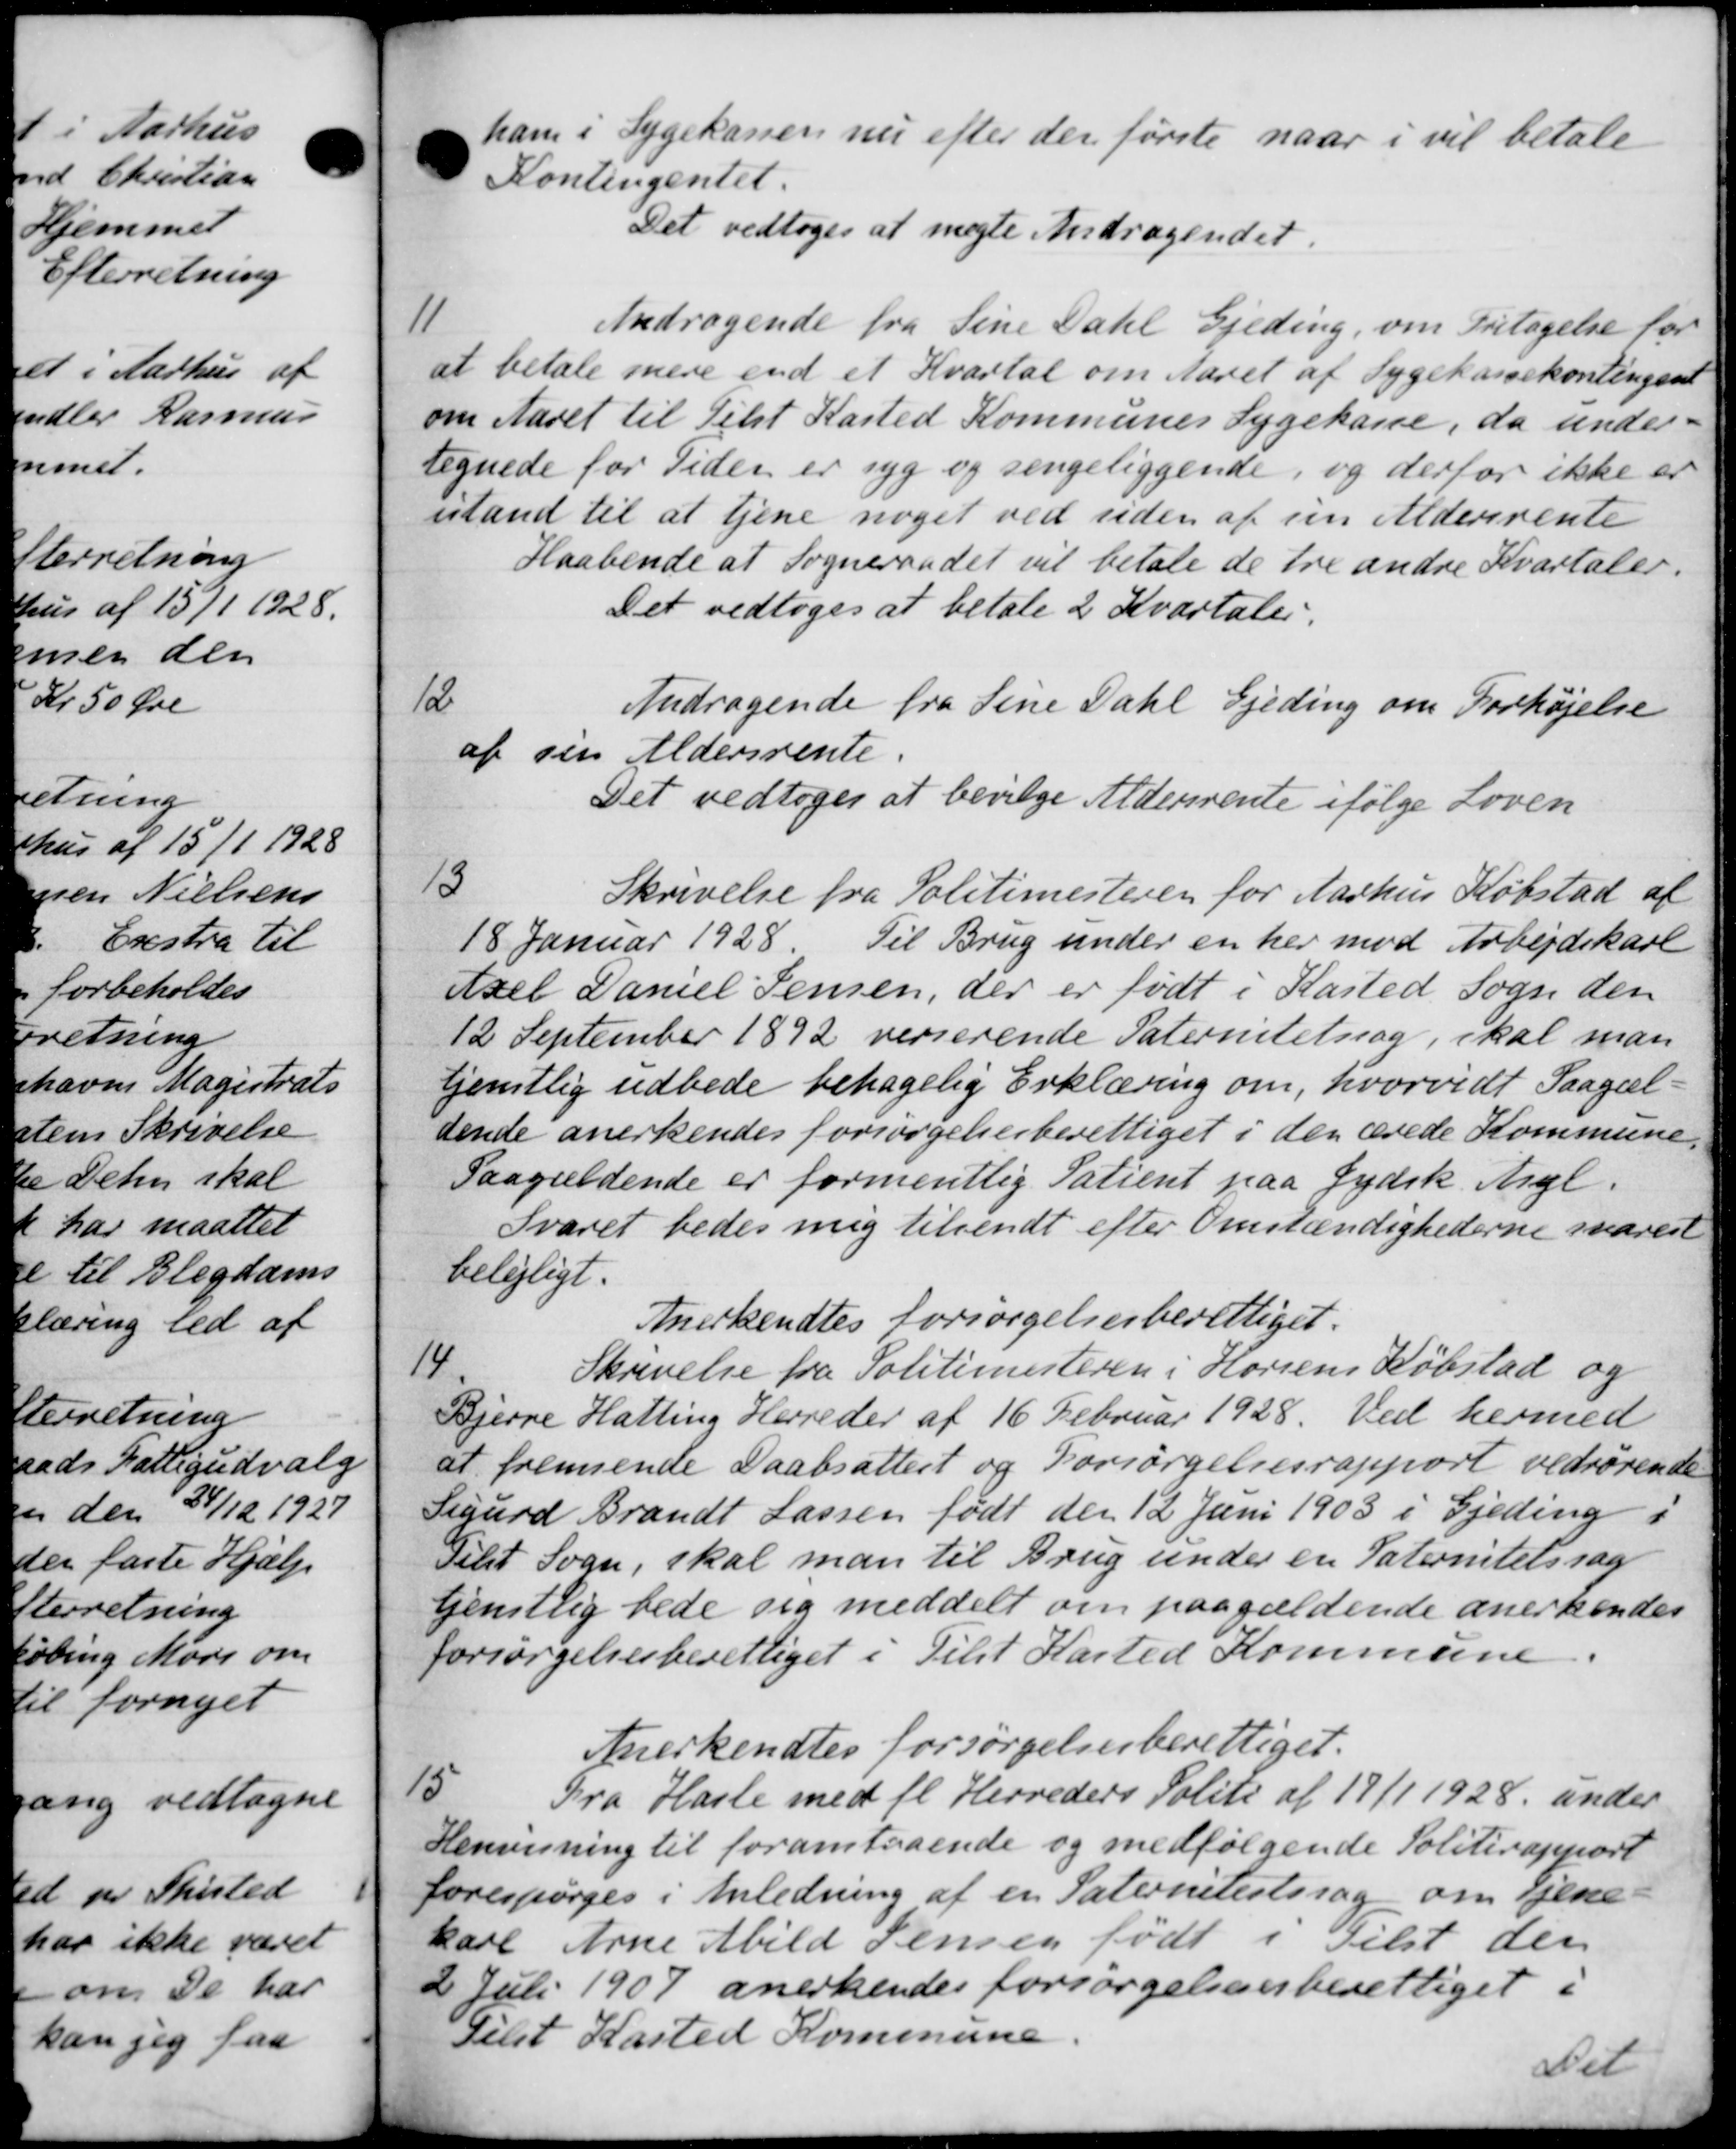
Transskription:
ham i Sygekassen nu efter der første naar i vil betale
Kontingentet.
Det vedtoges at magte Andragendet.
11
Andragende fra Sine Dahl Gjeding, om Fritagelse for
at betale mere end et Kvartal om Aaret af Sygekassekontingent
om Aaret til Tilst Kasted Kommunes Sygekasse, da under-
tegnede for Tiden er syg og sengeliggende, og derfor ikke er
istand til at tjene noget ved siden af sin Aldersrente
Haabende at Sogneraadet vil betale de tre andre Kvartaler.
Det vedtoges at betale 2 Kvartaler.
Andragende fra Sine Dahl Gjeding om Forhøjelse
12
b sin Aldersrente.
Det vedtoges at bevilge Aldersrente ifølge Loven
Skrivelse fra Politimesteren for Aarhus Købstad af
13
18 Januar 1928. Til Brug under en her mod Arbejdskarl
sel Daniel Jensen, der er født i Kasted Sogn den
12 September 1892 verserende Paternitetsag, skal man
jemtlig udbede behagelig Erklæring om, hvorvidt Paagæl-
sende anerkendes forsørgelsesberettiget i den ærede Kommune,
Paagældende er formentlig Patient paa Jydsk. Agl.
Svaret bedes mig tilsendt efter Omstændighederne svarest
belejligt.
Anerkendtes forsørgelsesberettiget.
14
Skrivelse fra Politimesteren i Horsens Købstad og
Tjerre Halling Herreder af 16 Februar 1928. Ved hermed
t fremsende Daabsattest og Forsørgelsesrapport vedrørende
gurd Brandt Lassen født den 12 Juni 1903 i Gjeding i
slet Sogn, skal man til Brug under en Paternitetssag
tjenstlig bede sig meddelt om paagældende anerkendes
orsørgelsesberettiget i Tilst Kasted Kommune
Anerkendtes forsørgelsesberettiget.
15
Fra Hasle med fl. Herreders Politi af 17/1 1928 under
Henvisning til foranstaaende og medfølgende Politirapport
forespørges i Anledning af en Paternitetssag om tjene-
karl Arne Abild Jensen født i Tilst den
2 Juli 1907 anerkendes forsørgelsesesberettiget i
Tilst Kasted Kommune
Nil